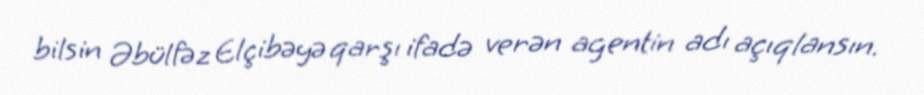
bilsin Əbülfəz Elçibəyə qarşı ifadə verən agentin adı açıqlansın.